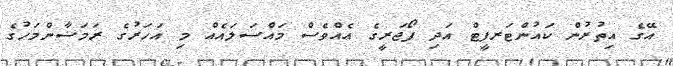
އޭގެ އިތުރުން ކައުންޓަރފީޓް އަދި ފޯޖަރީގެ އެއްވެސް މައްސަލައެއް މި އަހަރުގެ ރަމަޟާންމަހުގެ